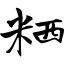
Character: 粞